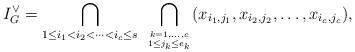
LaTeX: \begin{align*}I_G^{\vee} = \bigcap_{1 \leq i_1 < i_2 < \dots < i_c \leq s} \ \bigcap_{k = 1,\ldots,c \atop 1 \le j_k \le e_k } (x_{i_1,j_1} , x_{i_2, j_2} , \dots , x_{i_c, j_c}), \end{align*}